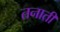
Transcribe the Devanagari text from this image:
तनाती